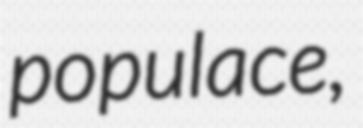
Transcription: populace,